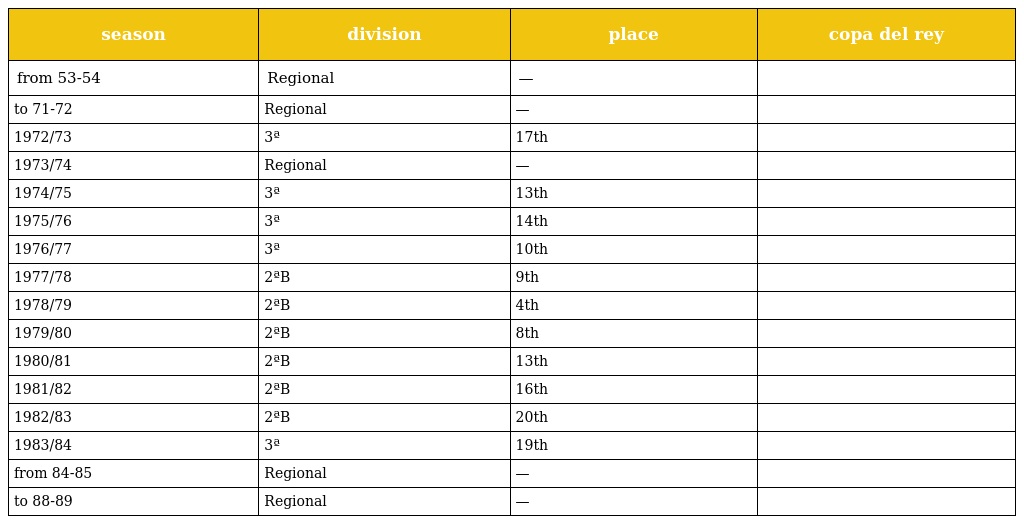
| season | division | place | copa del rey |
 | --- | --- | --- | --- |
 | from 53-54 | Regional | — |  |
 | to 71-72 | Regional | — |  |
 | 1972/73 | 3ª | 17th |  |
 | 1973/74 | Regional | — |  |
 | 1974/75 | 3ª | 13th |  |
 | 1975/76 | 3ª | 14th |  |
 | 1976/77 | 3ª | 10th |  |
 | 1977/78 | 2ªB | 9th |  |
 | 1978/79 | 2ªB | 4th |  |
 | 1979/80 | 2ªB | 8th |  |
 | 1980/81 | 2ªB | 13th |  |
 | 1981/82 | 2ªB | 16th |  |
 | 1982/83 | 2ªB | 20th |  |
 | 1983/84 | 3ª | 19th |  |
 | from 84-85 | Regional | — |  |
 | to 88-89 | Regional | — |  |